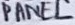
Text: PANEL